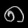
Digit: ၈